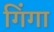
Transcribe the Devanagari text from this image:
गिंगा